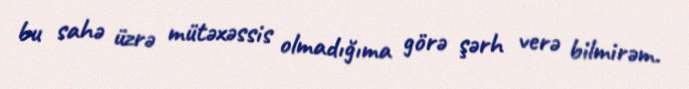
bu sahə üzrə mütəxəssis olmadığıma görə şərh verə bilmirəm.